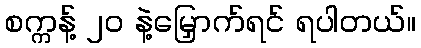
စက္ကန့် ၂၀ နဲ့မြှောက်ရင် ရပါတယ်။